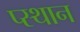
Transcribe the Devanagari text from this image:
प्स्थान